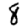
Digit: 8